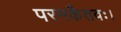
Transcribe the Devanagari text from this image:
परमकैतवः।